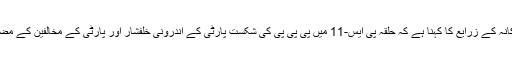
پاکستان پیپلزپارٹی لاڑکانہ کے زرایع کا کہنا ہے کہ حلقہ پی ایس-11 میں پی پی پی کی شکست پارٹی کے اندرونی خلفشار اور پارٹی کے مخالفین کے مضبوط اتحاد کا نتیجہ ہے۔